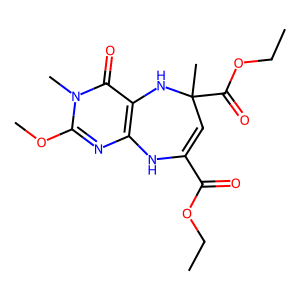
SMILES: CCOC(=O)C1=CC(C)(C(=O)OCC)Nc2c(nc(OC)n(C)c2=O)N1
Inhibits HIV replication: No